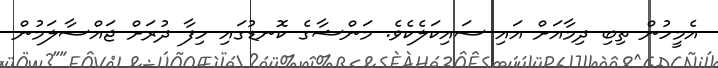
އެމީހުން ތިބި ދިމާއަށް އައި ސައިކަލެކެވެ. މަންޝާގެ ކޮނޑުގައި ހިފާ ދުރަށް ޖައްސާލަމުން